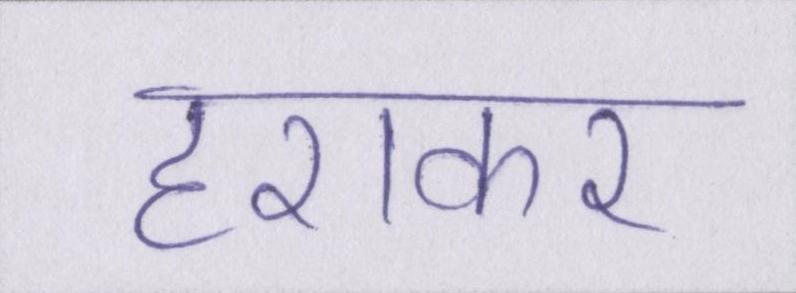
हराकर